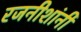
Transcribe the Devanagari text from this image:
रजनीशांनी